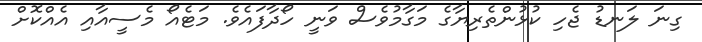
ގިނަ ލަނޑު ޖެހި ކުޅުންތެރިޔާގެ މަގާމުވެސް ވަނީ ހޯދާފައެވެ. މަޓެއޯ މެސީއާއި އެއްކޮށް